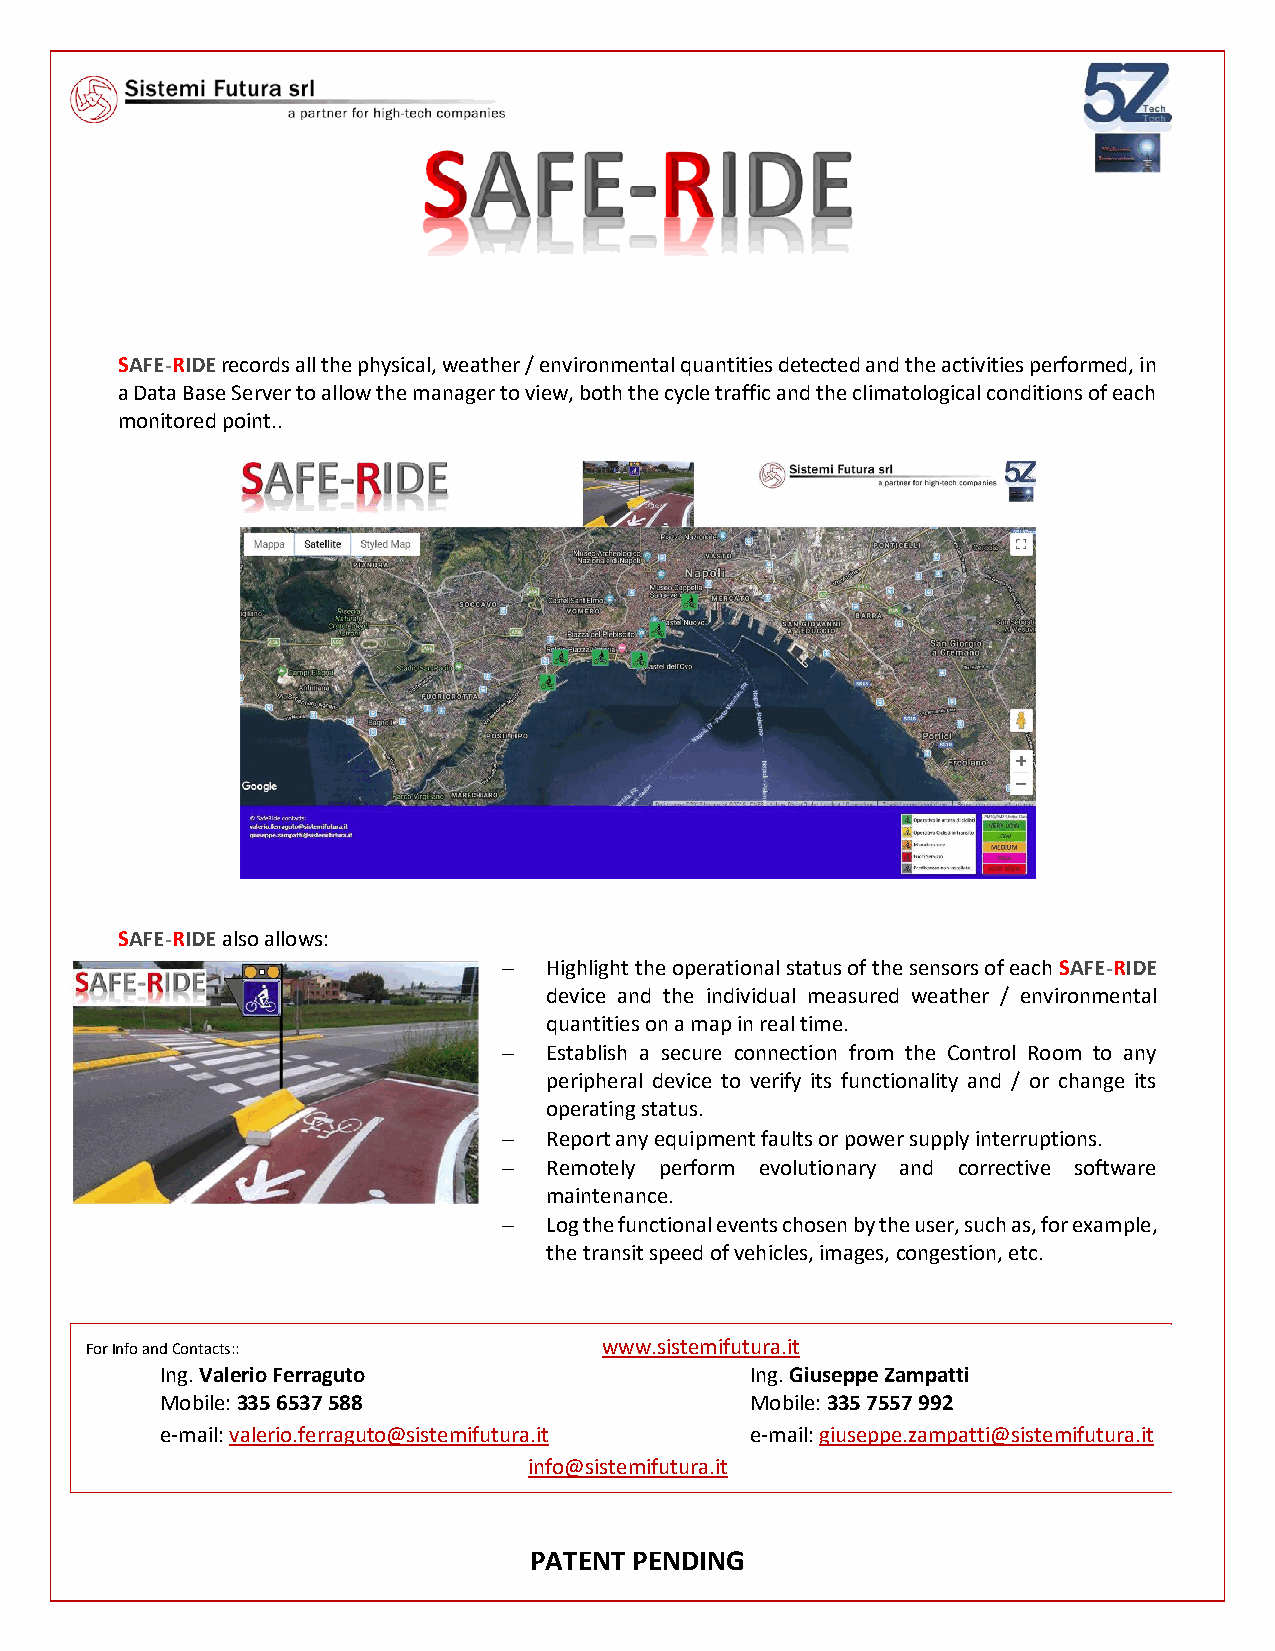
SAFE-RIDE records all the physical, weather / environmental quantities detected and the activities performed, in
 a Data Base Server to allow the manager to view, both the cycle traffic and the climatological conditions of each
 monitored point..
 SAFE-RIDE also allows:
 −  Highlight the operational status of the sensors of each SAFE-RIDE
 device and the individual measured weather / environmental
 quantities on a map in real time.
 −  Establish a secure connection from the Control Room to any
 peripheral device to verify its functionality and / or change its
 operating status.
 −  Report any equipment faults or power supply interruptions.
 −  Remotely perform evolutionary and corrective software
 maintenance.
 −  Log the functional events chosen by the user, such as, for example,
 the transit speed of vehicles, images, congestion, etc.
 For Info and Contacts::           www.sistemifutura.it
 Ing. Valerio Ferraguto                 Ing. Giuseppe Zampatti
 Mobile: 335 6537 588                   Mobile: 335 7557 992
 e-mail: valerio.ferraguto@sistemifutura.it e-mail: giuseppe.zampatti@sistemifutura.it
 info@sistemifutura.it
 PATENT PENDING